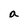
Character: a